Report of the Indian Hemp Drugs Commission, 1894-1895 - Volume IV
Year: 1894
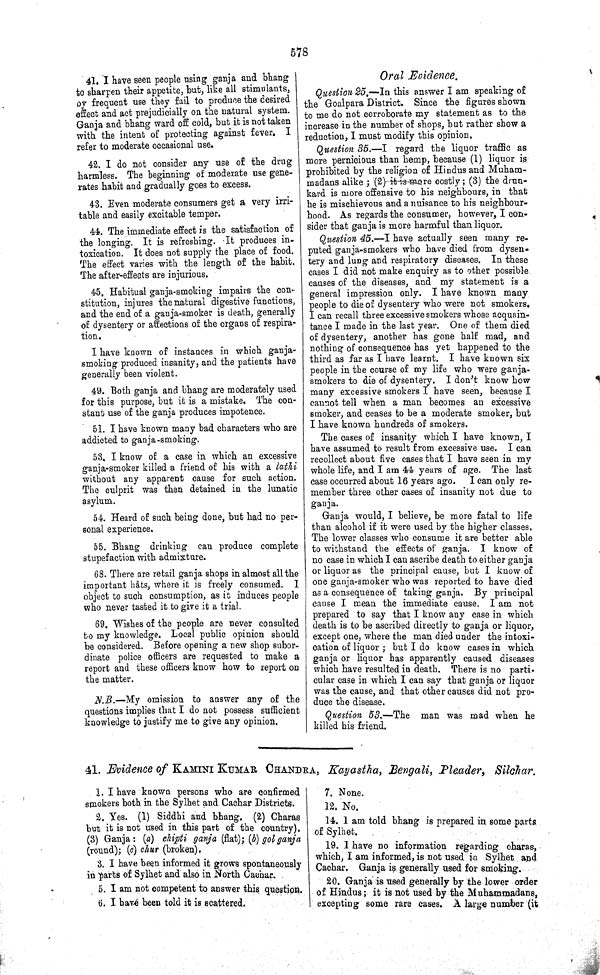
578
41. I have seen people using ganja and bhang
to sharpen their appetite, but, like all stimulants,
by frequent use they fail to produce the desired
effect and act prejudicially on the natural system.
Ganja and bhang ward off cold, but it is not taken
with the intent of protecting against fever. I
refer to moderate occasional use.
42. I do not consider any use of the drug
harmless. The beginning of moderate use gene-
rates habit and gradually goes to excess.
43. Even moderate consumers get a very irri-
table and easily excitable temper.
44. The immediate effect is the satisfaction of
the longing. It is refreshing. It produces in-
toxication. It does not supply the place of food.
The effect varies with the length of the habit.
The after-effects are injurious.
45. Habitual ganja-smoking impairs the con-
stitution, injures the natural digestive functions,
and the end of a ganja-smoker is death, generally
of dysentery or affections of the organs of respira-
tion.
I have known of instances in which ganja-
smoking produced insanity, and the patients have
generally been violent.
49. Both ganja and bhang are moderately used
for this purpose, but it is a mistake. The con-
stant use of the ganja produces impotence.
51. I have known many bad characters who are
addicted to ganja-smoking.
53. I know of a case in which an excessive
ganja-smoker killed a friend of his with a lathi
without any apparent cause for such action.
The culprit was then detained in the lunatic
asylum.
54. Heard of such being done, but had no per-
sonal experience.
55. Bhang drinking can produce complete
stupefaction with admixture.
68. There are retail ganja shops in almost all the
important hâts, where it is freely consumed. I
object to such consumption, as it induces people
who never tasted it to give it a trial.
69. Wishes of the people are never consulted
to my knowledge. Local public opinion should
be considered. Before opening a new shop subor-
dinate police officers are requested to make a
report and these officers know how to report on
the matter.
N.B.—My omission to answer any of the
questions implies that I do not possess sufficient
knowledge to justify me to give any opinion.
Oral Evidence.
Question 25.—In this answer I am speaking of
the Goalpara District. Since the figures shown
to me do not corroborate my statement as to the
increase in the number of shops, but rather show a
reduction, I must modify this opinion.
Question 35.—I regard the liquor traffic as
more pernicious than hemp, because (1) liquor is
prohibited by the religion of Hindus and Muham-
madans alike; (2) it is more costly; (3) the drun-
kard is more offensive to his neighbours, in that
he is mischievous and a nuisance to his neighbour-
hood. As regards the consumer, however, I con-
sider that ganja is more harmful than liquor.
Question 45.—I have actually seen many re-
puted ganja-smokers who have died from dysen-
tery and lung and respiratory diseases. In these
cases I did not make enquiry as to other possible
causes of the diseases, and my statement is a
general impression only. I have known many
people to die of dysentery who were not smokers.
I can recall three excessive smokers whose acquain-
tance I made in the last year. One of them died
of dysentery, another has gone half mad, and
nothing of consequence has yet happened to the
third as far as I have learnt. I have known six
people in the course of my life who were ganja-
smokers to die of dysentery. I don't know how
many excessive smokers I have seen, because I
cannot tell when a man becomes an excessive
smoker, and ceases to be a moderate smoker, but
I have known hundreds of smokers.
The cases of insanity which I have known, I
have assumed to result from excessive use. I can
recollect about five cases that I have seen in my
whole life, and I am 44 years of age. The last
case occurred about 16 years ago. I can only re-
member three other cases of insanity not due to
ganja.
Ganja would, I believe, be more fatal to life
than alcohol if it were used by the higher classes.
The lower classes who consume it are better able
to withstand the effects of ganja. I know of
no case in which I can ascribe death to either ganja
or liquor as the principal cause, but I know of
one ganja-smoker who was reported to have died
as a consequence of taking ganja. By principal
cause I mean the immediate cause. I am not
prepared to say that I know any case in which
death is to be ascribed directly to ganja or liquor,
except one, where the man died under the intoxi-
cation of liquor; but I do know cases in which
ganja or liquor has apparently caused diseases
which have resulted in death. There is no parti-
cular case in which I can say that ganja or liquor
was the cause, and that other causes did not pro-
duce the disease.
Question 53.—The man was mad when he
killed his friend.
41. Evidence of KAMINI KUMAR CHANDRA, Kayastha, Bengali, Pleader, Silchar.
1. I have known persons who are confirmed
smokers both in the Sylhet and Cachar Districts.
2. Yes. (1) Siddhi and bhang. (2) Charas
but it is not used in this part of the country).
(3) Ganja: (a) chipti ganja (flat); (b) gol ganja
(round); (c) chur (broken).
3. I have been informed it grows spontaneously
in parts of Sylhet and also in North Caehar.
5. I any not competent to answer this question.
6. I have been told it is scattered.
7. None.
12. No.
14. I am told bhang is prepared in some parts
of Sylhet.
19. I have no information regarding charas,
which, I am informed, is not used in Sylhet and
Cachar. Ganja is generally used for smoking.
20. Ganja is used generally by the lower order
of Hindus; it is not used by the Muhammadans,
excepting some rare cases. A large number (it